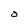
Character: 0